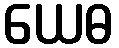
ယေဓ